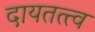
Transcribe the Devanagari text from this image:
दायतत्त्व